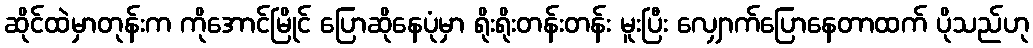
ဆိုင်ထဲမှာတုန်းက ကိုအောင်မြိုင် ပြောဆိုနေပုံမှာ ရိုးရိုးတန်းတန်း မူးပြီး လျှောက်ပြောနေတာထက် ပိုသည်ဟု